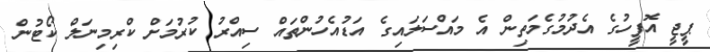
ޕީޖީ އޮފީހުގެ އެދުމުގެމަތިން އެ މައްސަލައިގެ އަޑުއެހުންތައް ސިއްރު ކުރުމަށް ކްރިމިނަލް ކޯޓުން